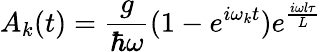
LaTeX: A_{k}(t)=\frac{g}{\hbar\omega}(1-e^{i\omega_{k}t})e^{\frac{i\omega l\tau}{L}}